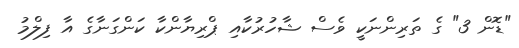
"ޑޮން 3" ގެ ތަރިންނަކީ ވެސް ޝާހުރުކާއި ޕްރިޔާންކާ ކަންގަނާގެ އާ ފިލްމު